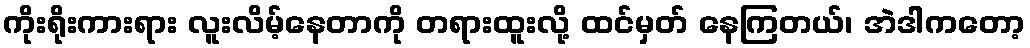
ကိုးရိုးကားရား လူးလိမ့်နေတာကို တရားထူးလို့ ထင်မှတ် နေကြတယ်၊ အဲဒါကတော့